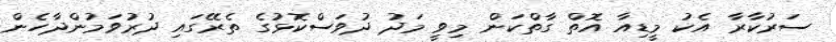
ސަރުކާރާ އެކު މީޑިއާ އޮތް ގާތްކަން މިވީ މަދު ދުވަސްކޮޅުގެ ތެރޭގައި ދުރުވަމުންދާހެން